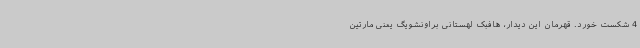
4 شکست خورد. قهرمان این دیدار، هافبک لهستانی براونشویگ یعنی مارتین